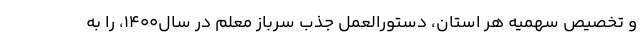
و تخصیص سهمیه هر استان، دستورالعمل جذب سرباز معلم در سال1400، را به